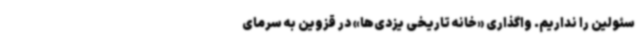
سئولین را نداریم. واگذاری «خانه تاریخی یزدی‌ها» در قزوین به سرمای